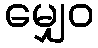
မျှေဝ